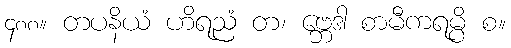
၄၈၈။ တပနိယံ ဟိရညံ တ၊ ဗ္ဘေဒါ စာမီကရမ္ပိ စ။